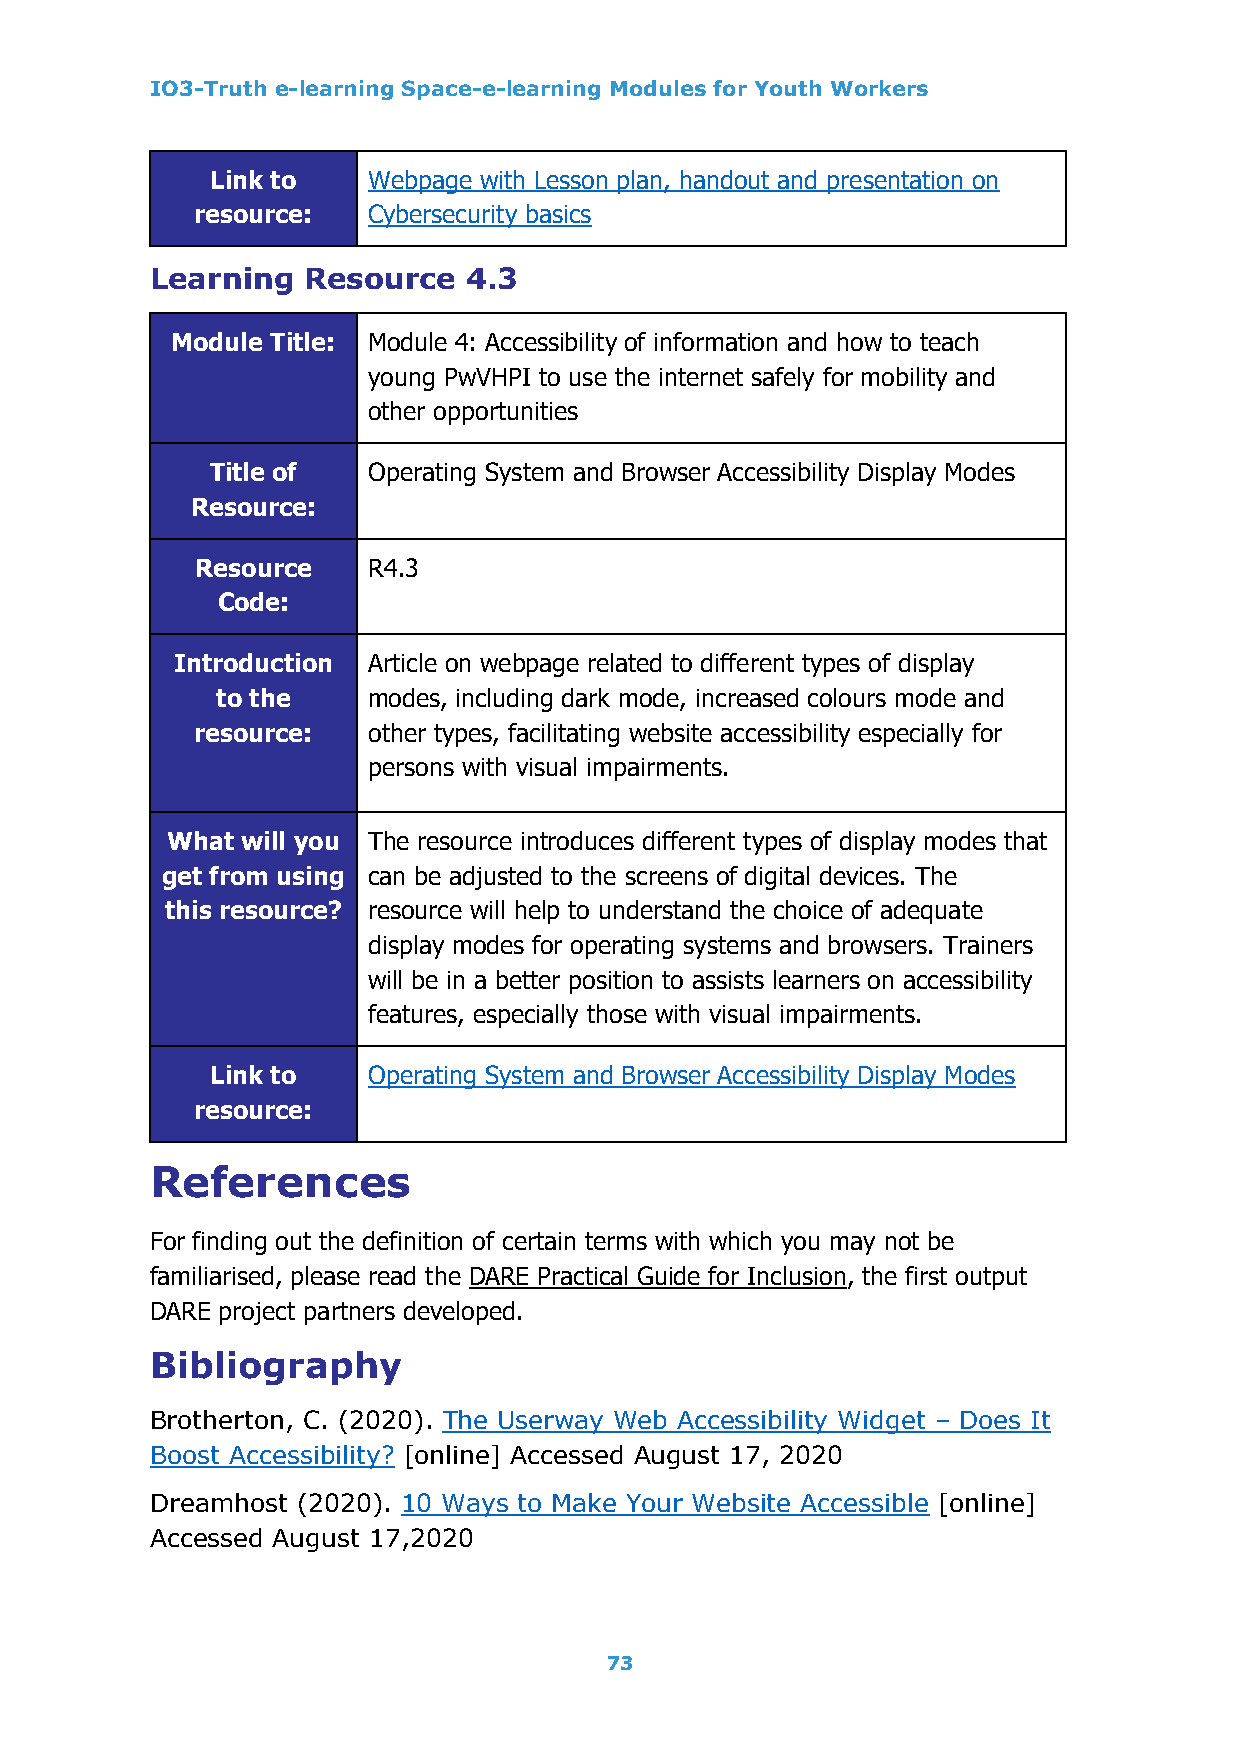
IO3-Truth e-learning Space-e-learning Modules for Youth Workers
 Link to   Webpage with Lesson plan, handout and presentation on
 resource:  Cybersecurity basics
 Learning  Resource   4.3
 Module Title: Module 4: Accessibility of information and how to teach
 young PwVHPI to use the internet safely for mobility and
 other opportunities
 Title of  Operating System and Browser Accessibility Display Modes
 Resource:
 Resource   R4.3
 Code:
 Introduction Article on webpage related to different types of display
 to the    modes, including dark mode, increased colours mode and
 resource:  other types, facilitating website accessibility especially for
 persons with visual impairments.
 What will you The resource introduces different types of display modes that
 get from using can be adjusted to the screens of digital devices. The
 this resource? resource will help to understand the choice of adequate
 display modes for operating systems and browsers. Trainers
 will be in a better position to assists learners on accessibility
 features, especially those with visual impairments.
 Link to   Operating System and Browser Accessibility Display Modes
 resource:
 References
 For finding out the definition of certain terms with which you may not be
 familiarised, please read the DARE Practical Guide for Inclusion, the first output
 DARE project partners developed.
 Bibliography
 Brotherton, C. (2020). The Userway Web Accessibility Widget – Does It
 Boost Accessibility? [online] Accessed August 17, 2020
 Dreamhost (2020). 10 Ways to Make Your Website Accessible [online]
 Accessed August 17,2020
 73